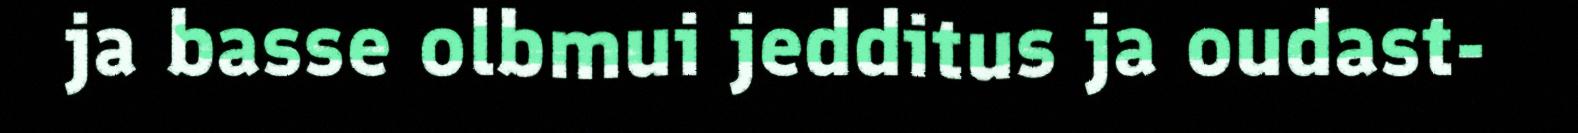
ja basse olbmui jedditus ja oudast-